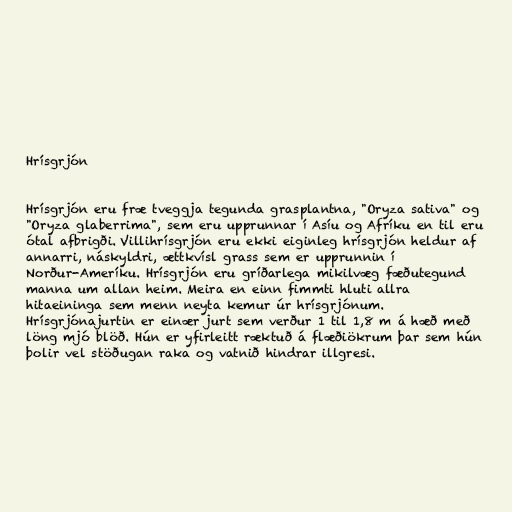
Hrísgrjón

Hrísgrjón eru fræ tveggja tegunda grasplantna, "Oryza sativa" og
"Oryza glaberrima", sem eru upprunnar í Asíu og Afríku en til eru
ótal afbrigði. Villihrísgrjón eru ekki eiginleg hrísgrjón heldur af
annarri, náskyldri, ættkvísl grass sem er upprunnin í
Norður-Ameríku. Hrísgrjón eru gríðarlega mikilvæg fæðutegund
manna um allan heim. Meira en einn fimmti hluti allra
hitaeininga sem menn neyta kemur úr hrísgrjónum.
Hrísgrjónajurtin er einær jurt sem verður 1 til 1,8 m á hæð með
löng mjó blöð. Hún er yfirleitt ræktuð á flæðiökrum þar sem hún
þolir vel stöðugan raka og vatnið hindrar illgresi.